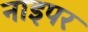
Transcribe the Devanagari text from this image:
नाइपर